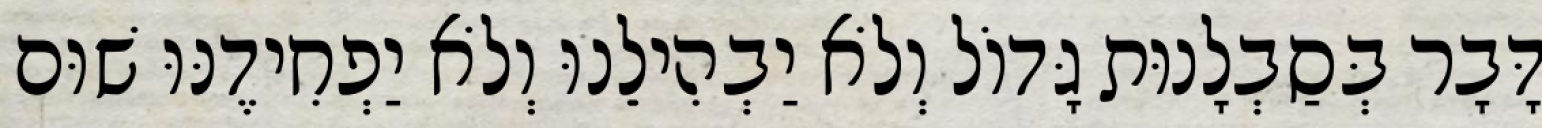
דָּבָר בְּסַבְלָנוּת גָּדוֹל וְלֹא יַבְהִילֵנוּ וְלֹא יַפְחִידֶנּוּ שׁוּם